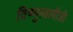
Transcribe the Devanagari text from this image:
विष्णुस्वामीजी